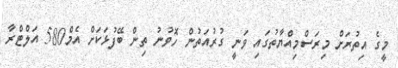
މީގެ އިތުރަށް މިރަސްމިއްޔާތުގައި ވަނީ ގުރުއަތުން ހޮވުނު ތިން ބޭފުޅަކަށް އެމް580 އަލްޓްރާ